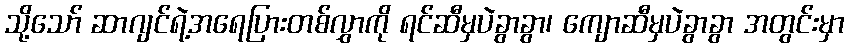
သို့သော် ဆာဂျင်ရဲ့အရေပြားတစ်လွှာကို ရင်ဆီမှပဲခွာခွာ၊ ကျောဆီမှပဲခွာခွာ အတွင်းမှာ